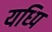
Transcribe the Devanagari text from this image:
यध्पि